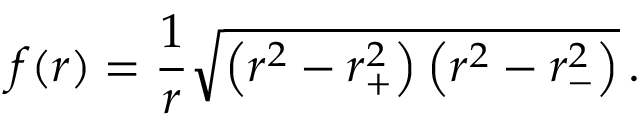
f ( r ) = { \frac { 1 } { r } } \sqrt { \left( r _ { \vphantom + } ^ { 2 } - r _ { + } ^ { 2 } \right) \left( r _ { \vphantom - } ^ { 2 } - r _ { - } ^ { 2 } \right) } \, .